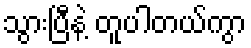
သွားပြီနဲ့ တူပါတယ်ကွာ